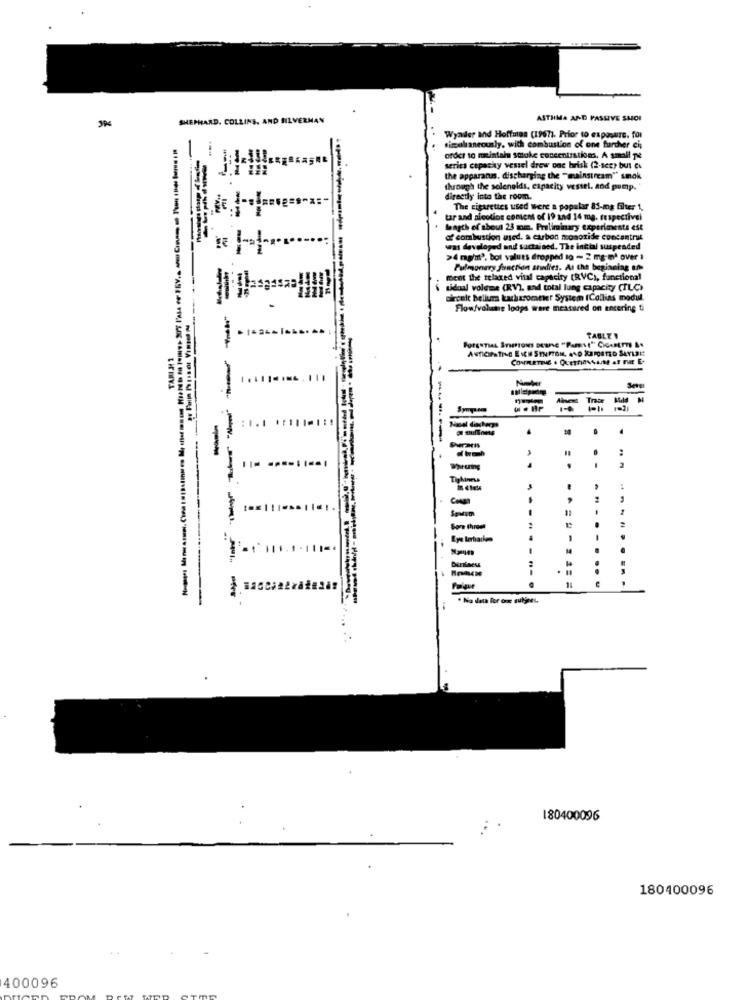
3Pc
SHEPHARD. COLLINS, AND SILVERMAN
ASTHMA AND PASSIVE SHOI
Wyadler and Hoffman (1967). Prior to exposure. for
simalaneously. wich combustion of one further cis
order to maintain soloke concentration. A small pe
series cepasky vessel drow one brisk (2-sce) but co
the apparanas. discharging the "mainstream"" smok
through the solenoids, capacity vessel. sod pump.
directly into the room.
The cigarettes used were a popular 85-mg filter 1,
tar and nicoline content of 19 and 14 mg. fespectivei
bagth of about 23 mm. Preliminary experiments est
of combustion ased. a carbon monoxide concentrut
was developed and suctained. The initial suspended
>4 mg/m", bol valuts dropped to - 2 mg mt
Pulmonary function atlies. As the beginning of
ment the relaxed vital capacity (RVC), functional
i sidoal volume (RV), and total lung capacity (ILC)
circuit belluma kacherometer System (Collins modul.
Flow/voluing loops were measured on encering ti
.
TABLE !
TARIM 1
COMPLETING . QUESTIONSAIME AT THE E.
Trace
:
. -
Sore throat
-
M
Poique
. Na data for our subjees.
180400096
180400096
400096